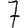
Digit: 7